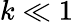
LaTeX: k\ll 1